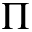
\Pi